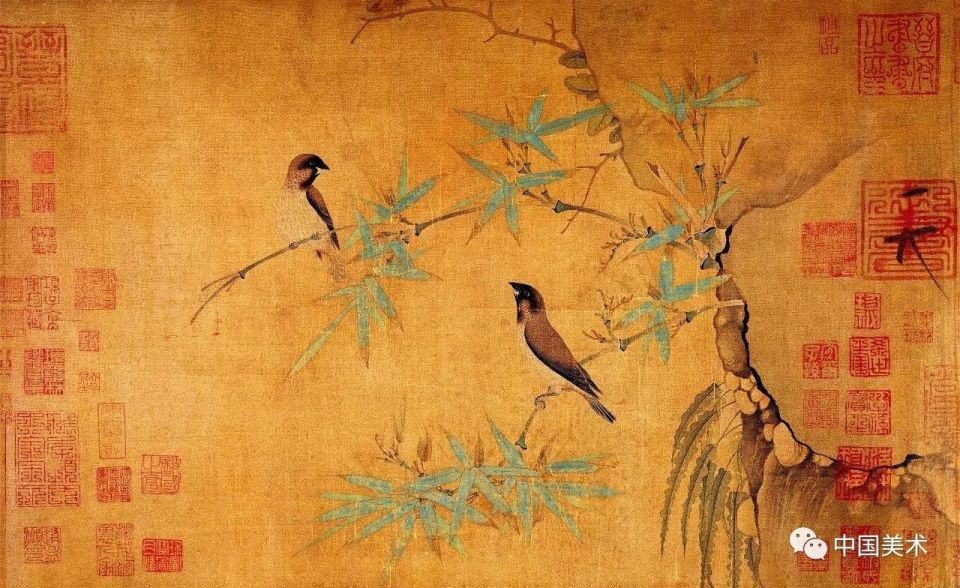
天下者非一人之天下，唯有道者处之。